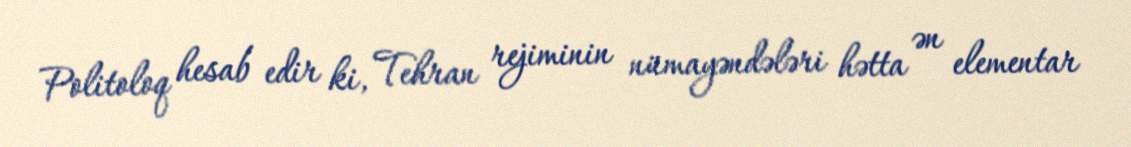
Politoloq hesab edir ki, Tehran rejiminin nümayəndələri hətta ən elementar